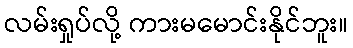
လမ်းရှုပ်လို့ ကားမမောင်းနိုင်ဘူး။